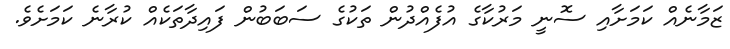
ޒަމާނެއް ކަމަށާއި ސޮނީ މަރުކާގެ އުފެއްދުން ތަކުގެ ސަބަބުން ފައިދާތަކެއް ކުރާނެ ކަމަށެވެ.